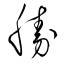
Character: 勝